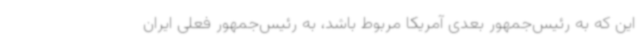
این که به رئیس‌جمهور بعدی آمریکا مربوط باشد، به رئیس‌جمهور فعلی ایران